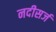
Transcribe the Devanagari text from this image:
नदीसर्ज